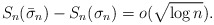
\begin{align*}S_n(\bar{\sigma}_n)-S_n(\sigma_n) = o(\sqrt{\log n}).\end{align*}